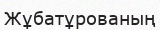
Жұбатұрованың